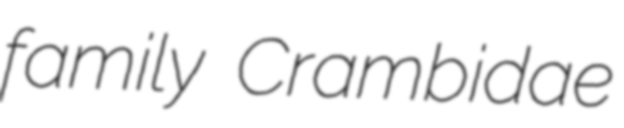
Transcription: family Crambidae